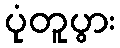
ပုံတူပွား